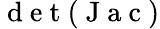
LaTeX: \mathrm{~d~e~t~}(\mathrm{~J~a~c~})